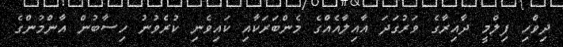
ދިވްހި ފިލްމީ ދާއިރާގެ ވަރުގަދަ އާއިލާއެއްގެ މެންބަރަކާއި ކައިވެނި ކުރެވުނު ހިސާބުން އާންމުންގެ